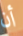
أن